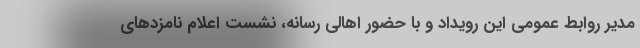
مدیر روابط عمومی این رویداد و با حضور اهالی رسانه، نشست اعلام نامزدهای